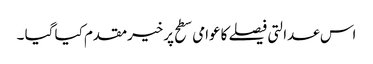
اس عدالتی فیصلے کاعوامی سطح پرخیرمقدم کیا گیا ۔